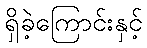
ရှိခဲ့ကြောင်းနှင့်